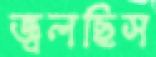
জ্বলছিস